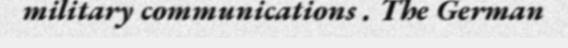
military communications . The German